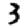
Digit: 3